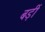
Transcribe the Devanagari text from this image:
बड़ीं